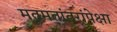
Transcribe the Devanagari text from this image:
मतमतांतरांपेक्षा